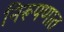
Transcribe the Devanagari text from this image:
निरूपणात